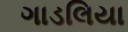
ગાડલિયા